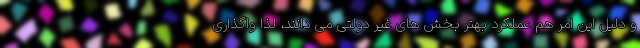
و دلیل این امر هم عملکرد بهتر بخش های غیر دولتی می دانند، لذا واگذاری